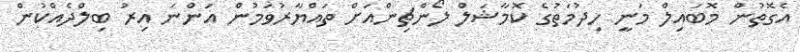
އެގޮތުން މޮބައިލް މަނީ ހިދުމަތުގެ ކޮމާޝަލް ލޯންޗިންއަށް ތައްޔާރުވަމުން އަންނަ އިރު ބިލްދެއްކުން